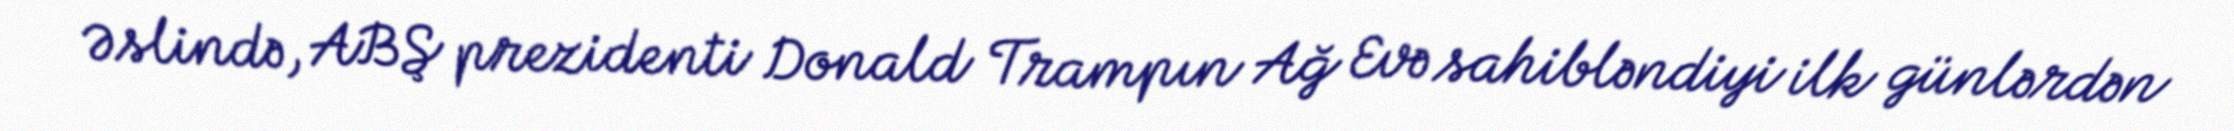
Əslində, ABŞ prezidenti Donald Trampın Ağ Evə sahibləndiyi ilk günlərdən